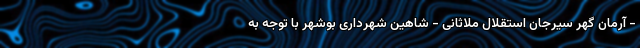
- آرمان گهر سیرجان استقلال ملاثانی - شاهین شهرداری بوشهر با توجه به